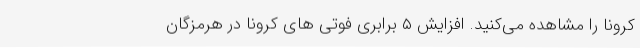
کرونا را مشاهده می‌کنید. افزایش ۵ برابری فوتی های کرونا در هرمزگان